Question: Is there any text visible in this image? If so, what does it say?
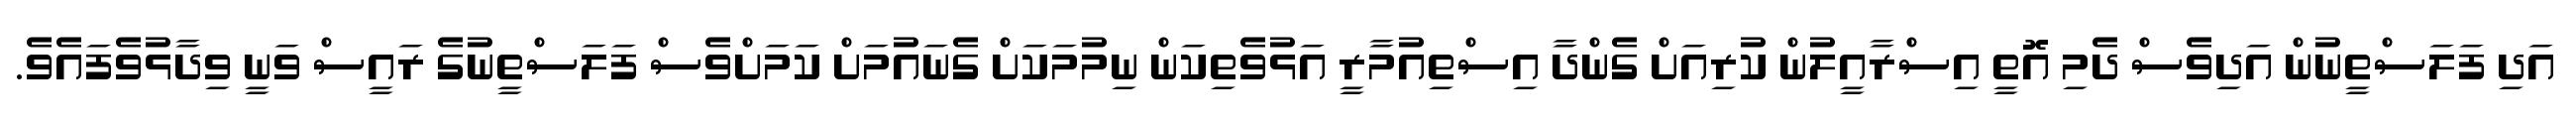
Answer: އަދި ފަލަސްތީނުން އަދިވެސް ދެމި އޮތީ އިސްރާއީލުން ކުރިއަށް ގެންދާ އިސްތިއުމާރީ އަޅުވެތިކަން ނިމުމަކަށް ގެނައުމަށް ކަމަށްވެސް ފަލަސްތީނުގެ ރައީސް ވަނީ ވިދާޅުވެފައެވެ.